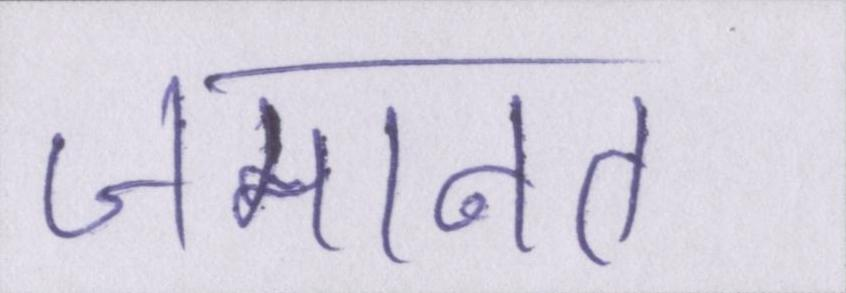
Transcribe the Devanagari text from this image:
जमानत